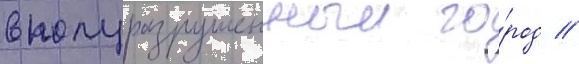
в полуразрушенныи го́род //